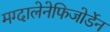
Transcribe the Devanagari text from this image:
मग्दालेनेफिजोर्डेन